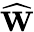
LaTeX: \widehat{\mathbf W}